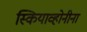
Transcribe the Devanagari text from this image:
स्कियाव्होनीना